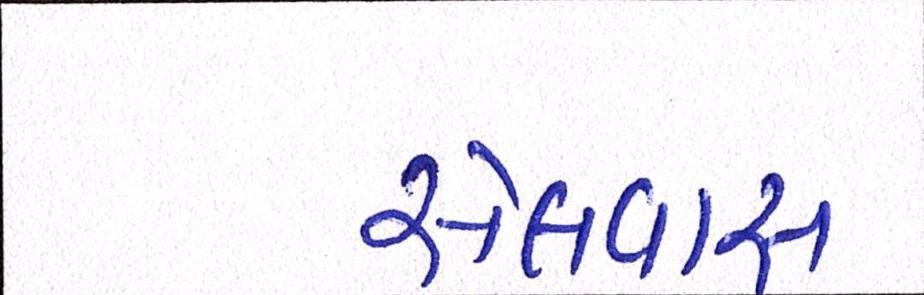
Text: સેલવાસ